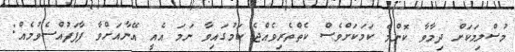
މުސްލިމަކަށް ދިމާވާ ކޮންމެ ކަމަކަށްވެސް ކެތްތެރިވެއްޖެ ކަމުގައިވާ ނަމަ އެއީ އޭނާއަށްވާ ފާފަފުއްސެވުމެއް: